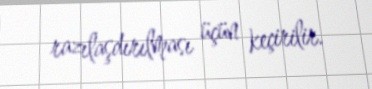
razılaşdırılması üçün keçirilir.